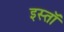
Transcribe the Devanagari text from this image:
इस्तॉ